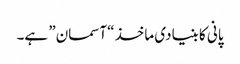
پانی کا بنیادی ماخذ “آسمان” ہے۔